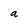
Character: a